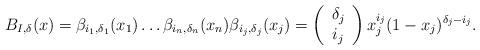
LaTeX: \begin{align*} B_{I,\delta}(x) = \beta_{i_1,\delta_1}(x_1) \dots \beta_{i_n,\delta_n}(x_n) \beta_{i_j,\delta_j}(x_j)=\left(\begin{array}{c} \delta_j \\ i_j\end{array}\right) x_j^{i_j} (1-x_j)^{\delta_j-i_j}.\end{align*}